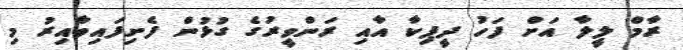
ރާމް ލީލާ އަށް ފަހު ދީޕިކާ އާއި ރަންވީރުގެ ގުޅުން ފެށިފައިވާއިރު މި